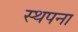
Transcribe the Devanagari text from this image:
स्‍थपना